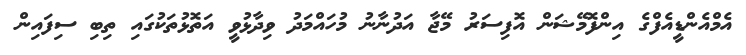
އެމްއެންޑީއެފްގެ އިންފޮމޭޝަން އޮފިސަރު މޭޖާ އަދުނާނު މުހައްމަދު ވިދާޅުވީ އަތޮޅުތަކުގައި ތިބި ސިފައިން